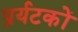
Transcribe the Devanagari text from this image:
प्रर्यटकों